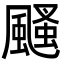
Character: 颾